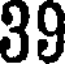
39